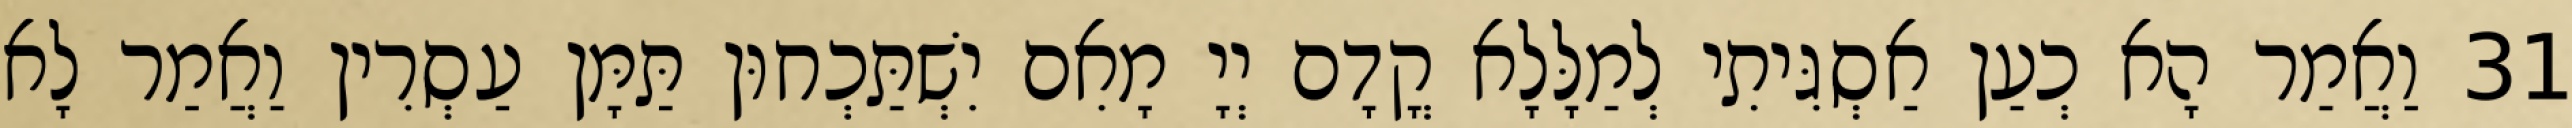
31 וַאֲמַר הָא כְעַן אַסְגִּיתִי לְמַלָּלָא קֳדָם יְיָ מָאִם יִשְׁתַּכְחוּן תַּמָּן עַסְרִין וַאֲמַר לָא